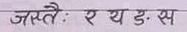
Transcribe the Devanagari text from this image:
जस्तै : र य ड. स